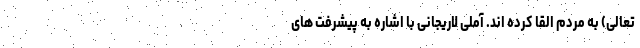
تعالی) به مردم القا کرده اند. آملی لاریجانی با اشاره به پیشرفت های